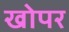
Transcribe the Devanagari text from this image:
खोपर